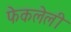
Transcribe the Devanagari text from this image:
फेकलेली